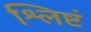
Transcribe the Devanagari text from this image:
श्लिष्टं